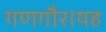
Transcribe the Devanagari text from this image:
गणगौर।यह